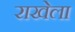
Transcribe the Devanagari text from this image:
राखेला